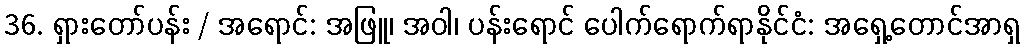
36. ရှားတော်ပန်း / အရောင်: အဖြူ၊ အဝါ၊ ပန်းရောင် ပေါက်ရောက်ရာနိုင်ငံ: အရှေ့တောင်အာရှ